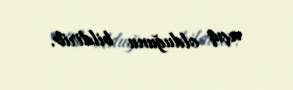
açıq olduğunu bildirib.